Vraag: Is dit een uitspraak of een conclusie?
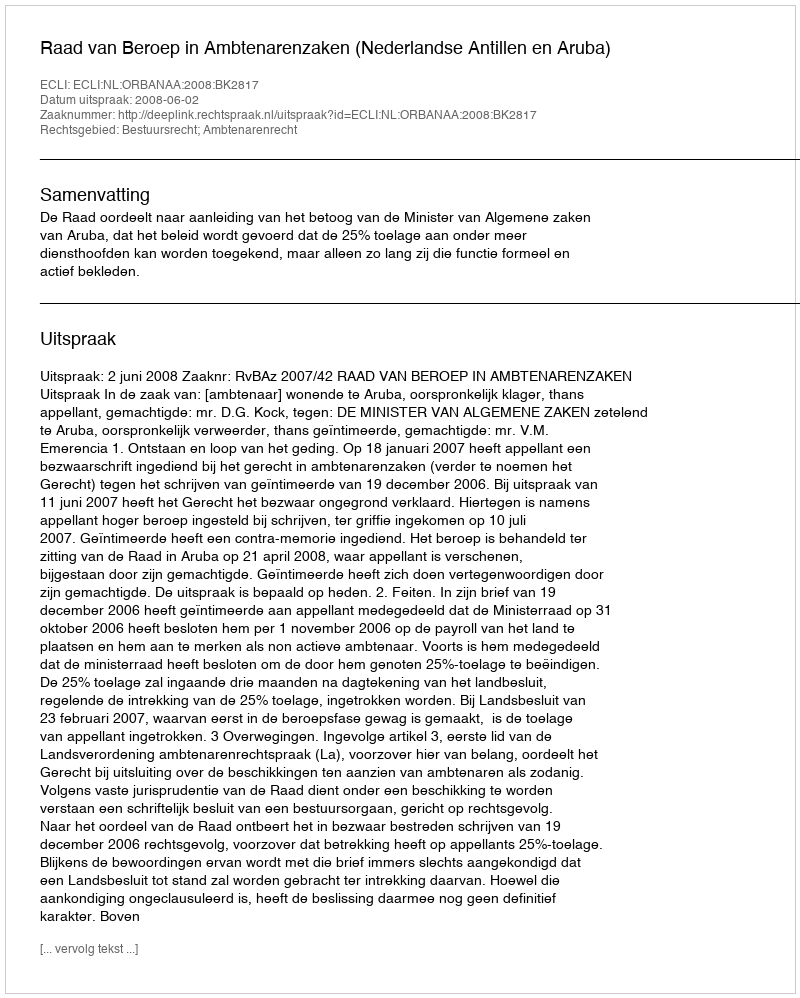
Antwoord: Uitspraak